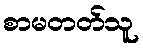
စာမတတ်သူ